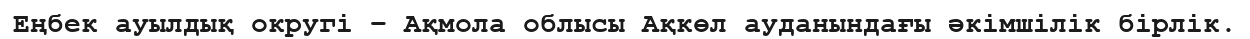
Еңбек ауылдық округі – Ақмола облысы Ақкөл ауданындағы әкімшілік бірлік.